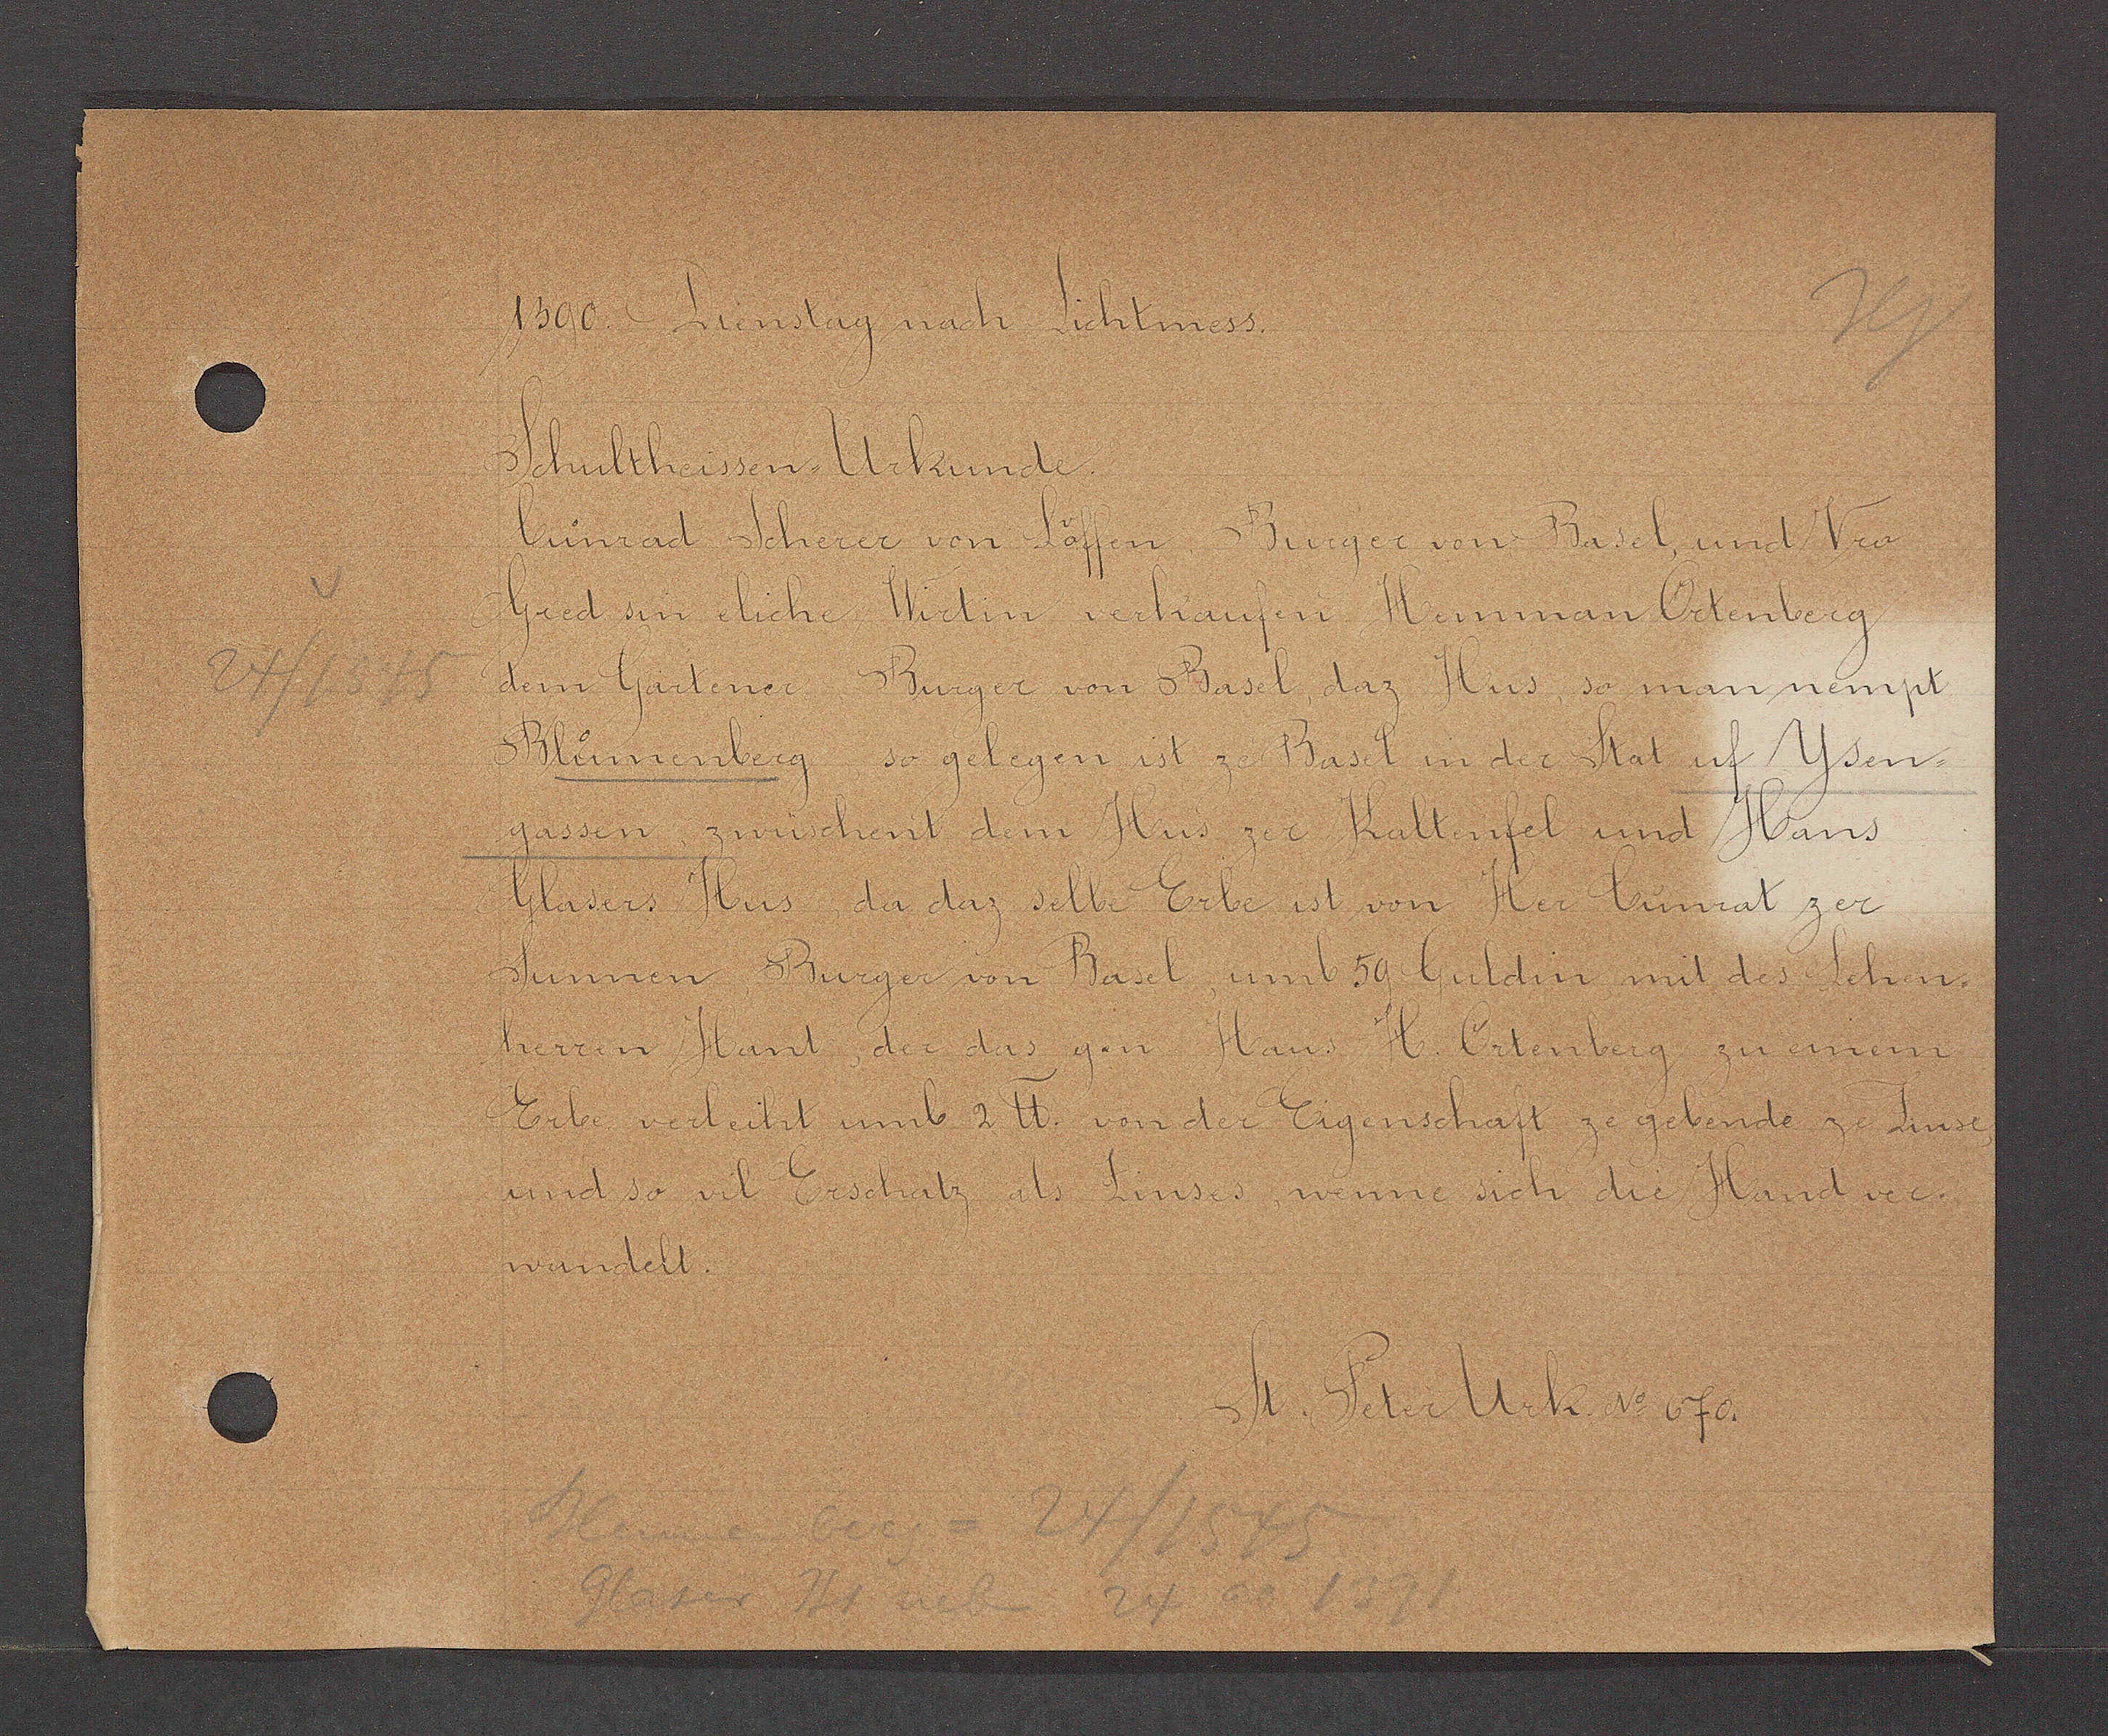
Transcript:
1390 Dienstag nach Lichtmess.
Schultheissen-Urkunde
Limrad Scherer von Louffen Burger von Basel, und vro
gred sin eliche Wirtin verckaufen Hemman Octenberg
Dem Gartener Burger von Basel, daz Hus so man nempt
Bluomenberg so glegen ist ze Basel in der Stat uf Ysen-
gassen zwüschent dem Hus zer Kaltenfel und Hans
Glasers Hus da daz selbe Erbe ist von Her Cuonrad
Sunnen Burger von Basel umb 59 Guldin mit des Lehen-
herren Hant, der das gen Haus H. Octenberg zu einem
Erbe verleiht umb 2 ℔. von der Eigenschaft ze gebende ze Linse,
und so vil Erschatz als Zinses, wenne sich die Hand ver-
wandelt.
St. Peter Urk. No 670.

24/1545

Blumenberg = 24 / 1545

Glaser Hs neb 24 ao 1391